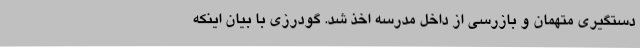
دستگیری متهمان و بازرسی از داخل مدرسه اخذ شد. گودرزی با بیان اینکه